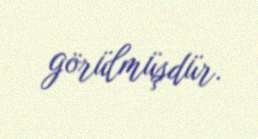
görülmüşdür.